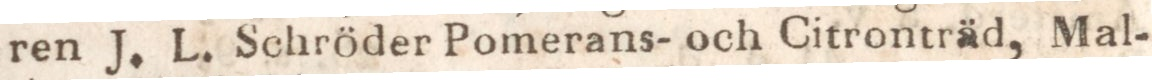
ren J. L. Schröder Pomerans- och Citronträd, Mal-